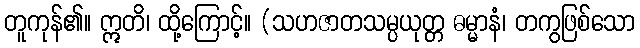
တူကုန်၏။ ဣတိ၊ ထို့ကြောင့်။ (သဟဇာတသမ္ပယုတ္တ ဓမ္မာနံ၊ တကွဖြစ်သော